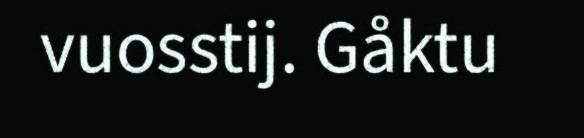
vuosstij. Gåktu